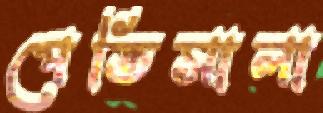
পেতিসালা